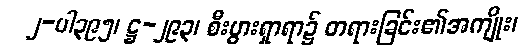
၂-ပါ၃၉၅၊ ဋ္ဌ-၂၉၃၊ စီးပွားရှာရာ၌ တရားခြင်း၏အကျိုး၊